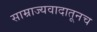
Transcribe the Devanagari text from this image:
साम्राज्यवादातूनच